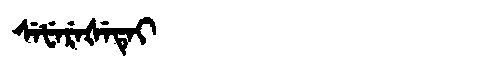
Manchu: ᠰᡝᡶᡝᡵᡝᡧᡝᡨᡝᡳ
Romanization: SEFEREŠETEI